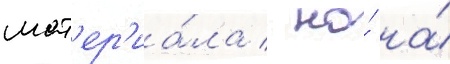
мат'ер'иа́ла / но́ на́